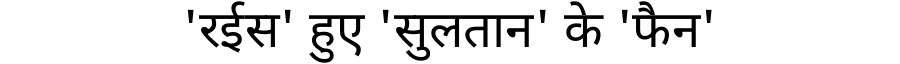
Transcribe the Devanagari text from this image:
'रईस' हुए 'सुलतान' के 'फैन'